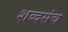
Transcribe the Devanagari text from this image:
शब्दसंच